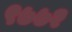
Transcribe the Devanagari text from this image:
९७७२